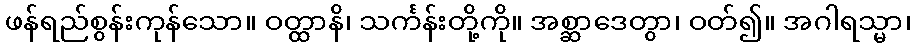
ဖန်ရည်စွန်းကုန်သော။ ဝတ္ထာနိ၊ သင်္ကန်းတို့ကို။ အစ္ဆာဒေတွာ၊ ဝတ်၍။ အဂါရသ္မာ၊